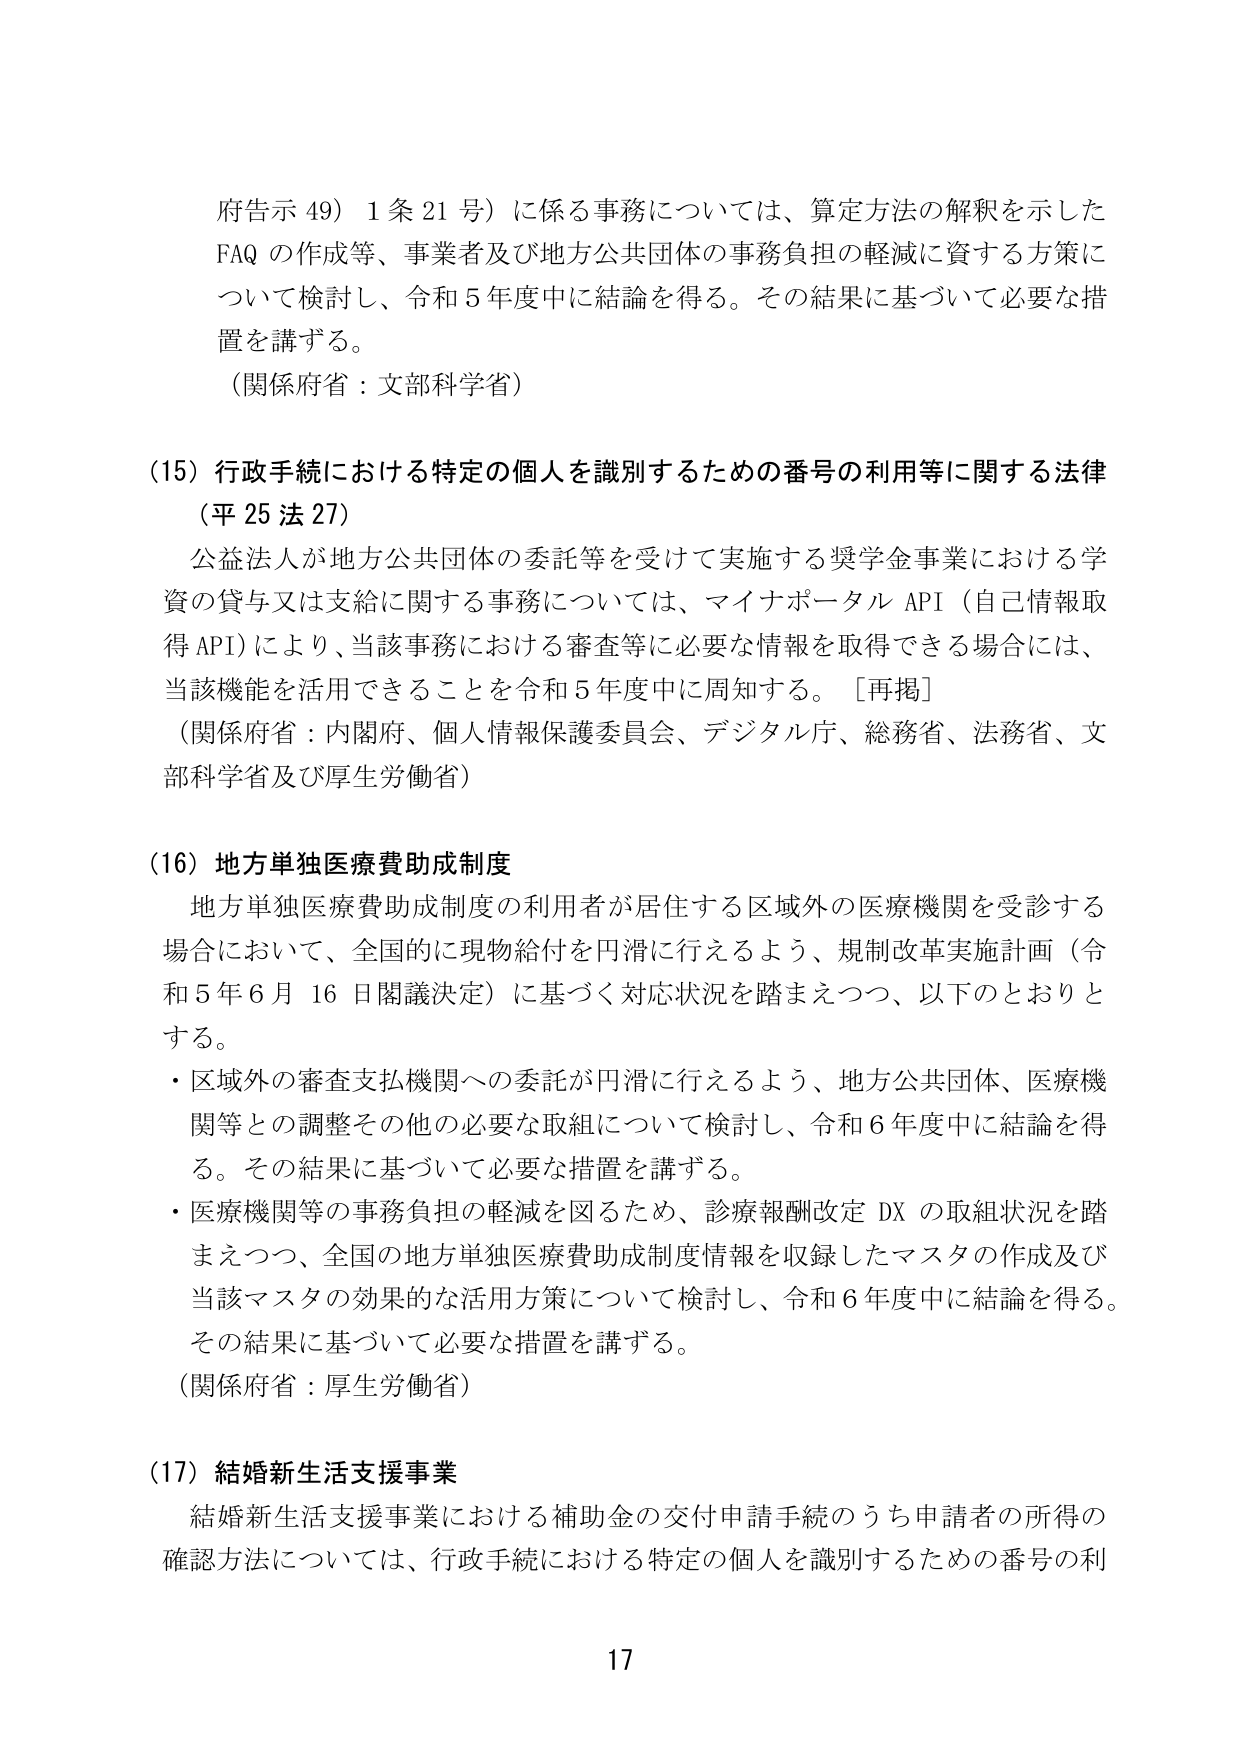
府告示 49）1条21号）に係る事務については、算定方法の解釈を示した
FAQ の作成等、事業者及び地方公共団体の事務負担の軽減に資する方策に
ついて検討し、令和5年度中に結論を得る。その結果に基づいて必要な措
置を講ずる。
（関係府省：文部科学省）

（15）行政手続における特定の個人を識別するための番号の利用等に関する法律
（平25法27）
公益法人が地方公共団体の委託等を受けて実施する奨学金事業における学
資の貸与又は支給に関する事務については、マイナポータル API（自己情報取
得 API）により、当該事務における審査等に必要な情報を取得できる場合には、
当該機能を活用できることを令和5年度中に周知する。［再掲］
（関係府省：内閣府、個人情報保護委員会、デジタル庁、総務省、法務省、文
部科学省及び厚生労働省）

（16）地方単独医療費助成制度
地方単独医療費助成制度の利用者が居住する区域外の医療機関を受診する
場合において、全国的に現物給付を円滑に行えるよう、規制改革実施計画（令
和5年6月16日閣議決定）に基づく対応状況を踏まえつつ、以下のとおりと
する。
・区域外の審査支払機関への委託が円滑に行えるよう、地方公共団体、医療機
関等との調整その他の必要な取組について検討し、令和6年度中に結論を得
る。その結果に基づいて必要な措置を講ずる。
・医療機関等の事務負担の軽減を図るため、診療報酬改定 DX の取組状況を踏
まえつつ、全国の地方単独医療費助成制度情報を収録したマスタの作成及び
当該マスタの効果的な活用方策について検討し、令和6年度中に結論を得る。
その結果に基づいて必要な措置を講ずる。
（関係府省：厚生労働省）

（17）結婚新生活支援事業
結婚新生活支援事業における補助金の交付申請手続のうち申請者の所得の
確認方法については、行政手続における特定の個人を識別するための番号の利
17